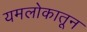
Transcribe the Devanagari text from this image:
यमलोकातून